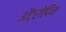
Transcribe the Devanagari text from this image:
अॅट्रोपिन